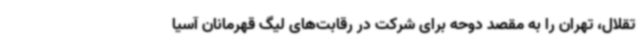
تقلال، تهران را به مقصد دوحه برای شرکت در رقابت‌های لیگ قهرمانان آسیا